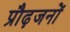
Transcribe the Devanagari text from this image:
प्रौढ़जनों